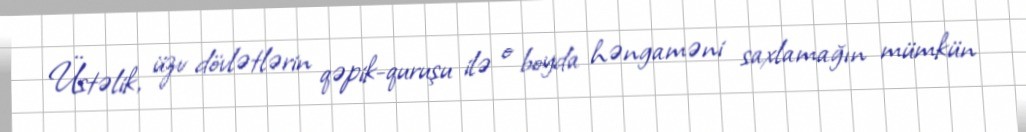
Üstəlik, üzv dövlətlərin qəpik-quruşu ilə o boyda həngaməni saxlamağın mümkün